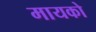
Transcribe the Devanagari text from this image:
मायको